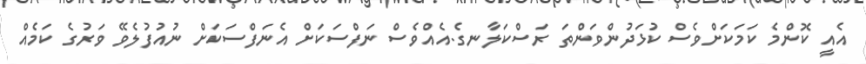
އެއީ ކޮންމެ ކަމަކަށްވެސް ކުޅަދުންވަންތަަ ރަސްކަލާނގެ.އެއްވެސް ނަފްސަކަށް އެނަފްސަކަށް ނުއުފުލެވޭ ވަރުގެ ކަމެއް